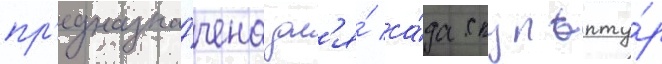
пр'едназна́чена дл'я́ са́да скульпту́р